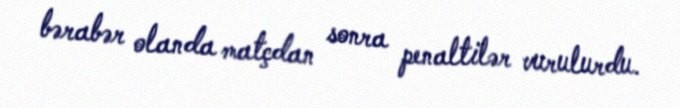
bərabər olanda matçdan sonra penaltilər vurulurdu.